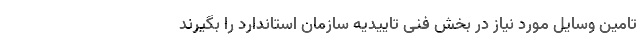
تامین وسایل مورد نیاز در بخش فنی تاییدیه سازمان استاندارد را بگیرند